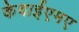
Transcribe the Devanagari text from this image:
केवाईएमए